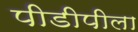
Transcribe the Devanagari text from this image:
पीडीपीला